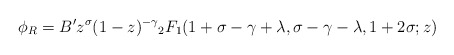
\begin{align*}\phi_R= B^{\prime}z^{\sigma}(1-z)^{-\gamma}{_2F_1}(1+\sigma-\gamma+\lambda,\sigma-\gamma-\lambda,1+2\sigma;z)\end{align*}